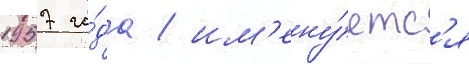
1957 го́да / им'ену́етс'я